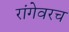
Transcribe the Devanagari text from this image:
रांगेवरच